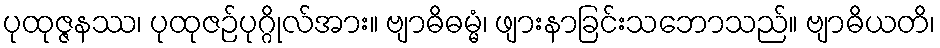
ပုထုဇ္ဇနဿ၊ ပုထုဇဉ်ပုဂ္ဂိုလ်အား။ ဗျာဓိဓမ္မံ၊ ဖျားနာခြင်းသဘောသည်။ ဗျာဓိယတိ၊